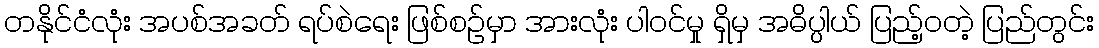
တနိုင်ငံလုံး အပစ်အခတ် ရပ်စဲရေး ဖြစ်စဉ်မှာ အားလုံး ပါဝင်မှု ရှိမှ အဓိပ္ပါယ် ပြည့်ဝတဲ့ ပြည်တွင်း